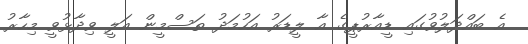
އެ ބައްދަލުވުގައި ޑީއާރުޕީގެ އާ ލީޑަރު އަހުމަދު ތަސްމީން އަލީ ވިދާޅުވީ މިހާރު